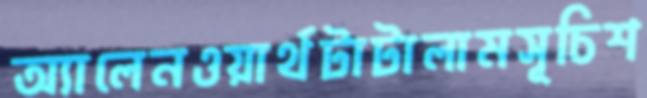
অ্যালেনওয়ার্থটাটালামসূচিশ